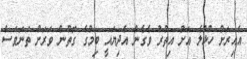
އެއިރަށް ހުޅުލެ އަށް އިތުރު ވެގެން އެދިޔައީ ބިމުގެ ގޮތުން ވަރަށް ތަނަވަސް